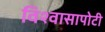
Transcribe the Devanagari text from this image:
विश्वासापोटी